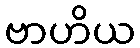
ဗာဟိယ